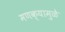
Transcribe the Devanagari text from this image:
मणक्यामुळे